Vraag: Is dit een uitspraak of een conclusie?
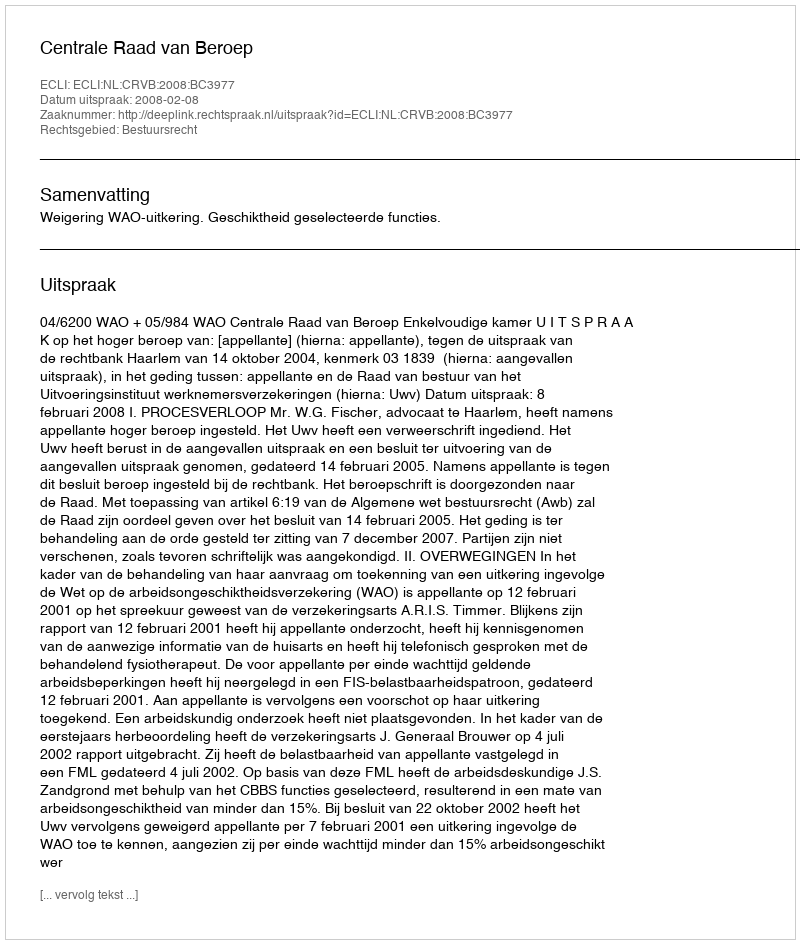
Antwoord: Uitspraak